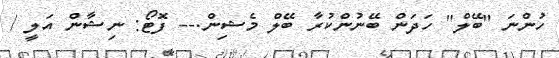
ހުންނަ "ބޭލް" ހަދަން ބޭނުންކުރާ ބޭލް މެޝިން.-- ފޮޓޯ: ނިޝާން އަލީ /